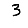
Digit: 3